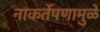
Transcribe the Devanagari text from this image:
नाकर्तेपणामुळे